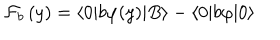
\mathcal { F } _ { b } \left( y \right) = \langle 0 | b \varphi ( y ) | B \rangle - \langle 0 | b \varphi | 0 \rangle